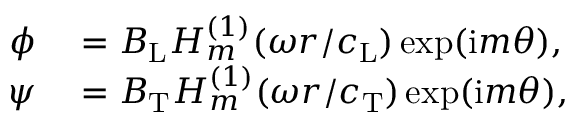
\begin{array} { r l } { \phi } & { { } = B _ { \mathrm { L } } H _ { m } ^ { ( 1 ) } ( \omega r / c _ { \mathrm { L } } ) \exp ( \mathrm { i } m \theta ) , } \\ { \psi } & { { } = B _ { \mathrm { T } } H _ { m } ^ { ( 1 ) } ( \omega r / c _ { \mathrm { T } } ) \exp ( \mathrm { i } m \theta ) , } \end{array}